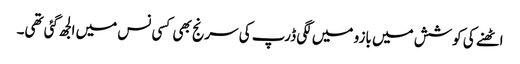
اٹھنے کی کوشش میں بازو میں لگی ڈرپ کی سرنج بھی کسی نس میں الجھ گئی تھی۔